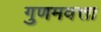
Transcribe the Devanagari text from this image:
गुणमवत्ता